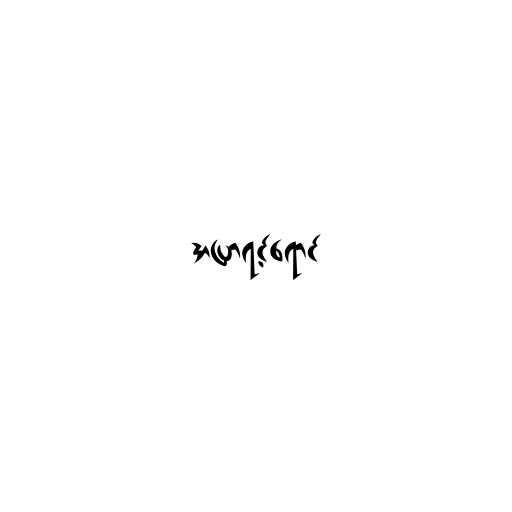
အပြာရင့်ရောင်